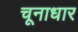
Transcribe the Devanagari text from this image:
चूनाधार